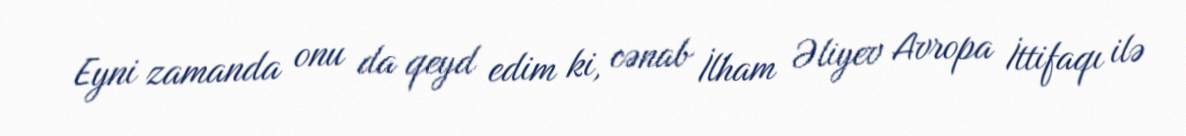
Eyni zamanda onu da qeyd edim ki, cənab İlham Əliyev Avropa İttifaqı ilə